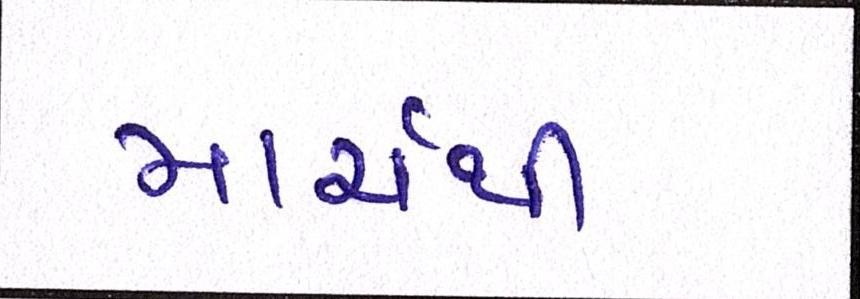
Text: માર્ચથી